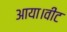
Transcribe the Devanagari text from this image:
आया।वीट